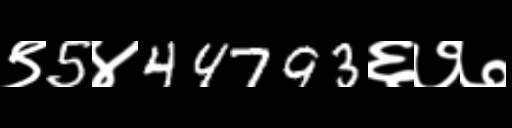
Text: ९5४44793६७७